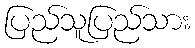
ပြည်သူပြည်သား